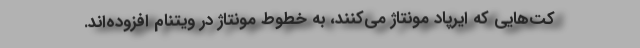
کت‌هایی که ایرپاد مونتاژ می‌کنند، به خطوط مونتاژ در ویتنام افزوده‌اند.